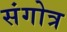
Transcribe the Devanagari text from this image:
संगोत्र